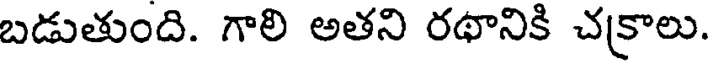
బడుతుంది. గాలి అతని రథానికి చక్రాలు.